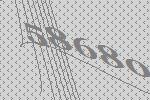
58680